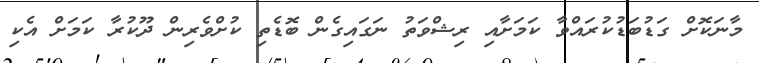
މާނަކޮށް ގަޑުބަޑުކުރައްވާ ކަމަށާއި ރިޝްވަތު ނަގައިގެން ބޮޑެތި ކުށްވެރިން ދޫކުރާ ކަމަށް އެކި